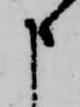
申